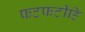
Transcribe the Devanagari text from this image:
फटफटीहि